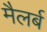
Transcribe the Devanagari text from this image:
मैलर्ब